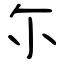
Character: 尓